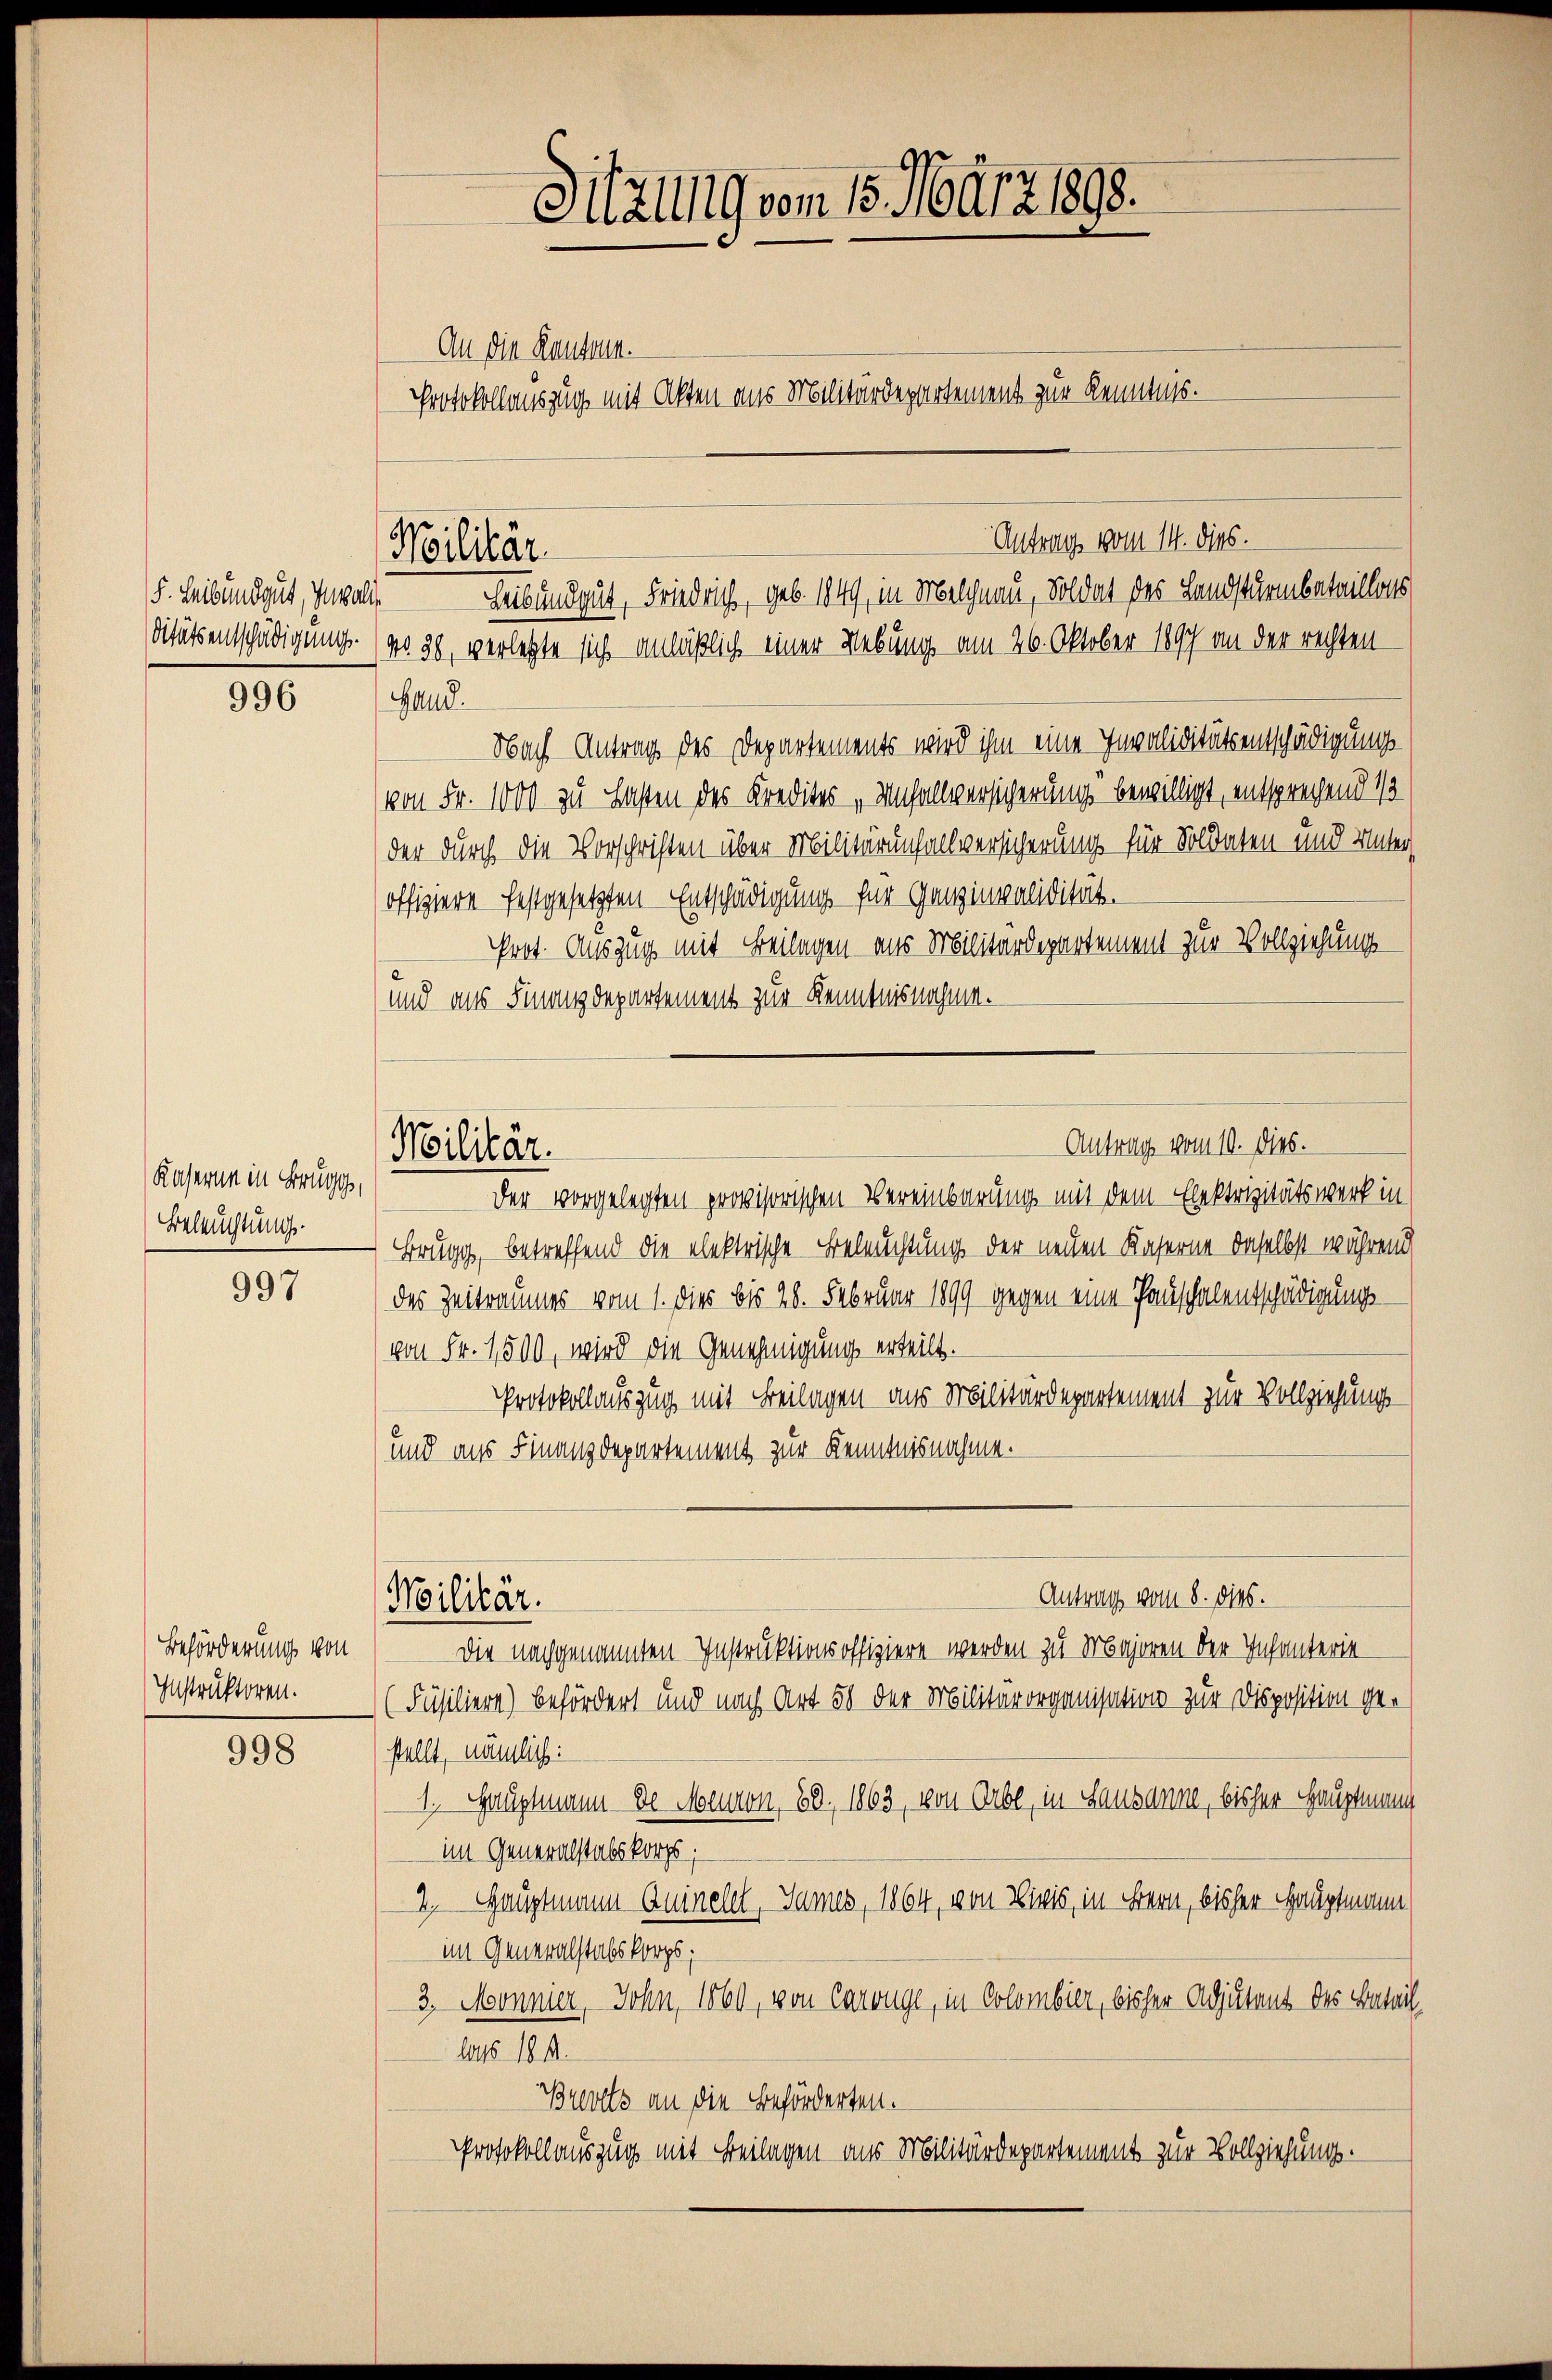
F. Heibundgut, Invali
ditätsentschädigung.

996

Kaserne in Brugg,
Beleuchtung.

997

Beförderung von
Instruktoren.

998

Antrag vom 14. dies.
Militär.
Leib und gut, Friedrich, geb. 1849, in Melchnau, Soldat des Landsturmbataillons

Militär.

Sitzung vom 15. März 1893.

An die Kantona
No. 38, verletzte sich anläßlich einer Uebung am 26. Oktober 1897 an der rechten
Hand.
Nach Antrag des Departements wird ihm eine Invaliditätsentschädigungs
von Fr. 1000 zu Lasten des Kredites „Unfallversicherung bewilligt, entsprechend 13
der durch die Vorschriften über Militärunfallversicherung für Soldaten und Unters
offiziere festgesetzten Entschädigung für Ganz invalidität.
Prot. Auszug mit Beilagen aus Militärdepartement zur Vollziehungs
und aus Finanzdepartement zur Kenntnisnahme.
Der vorgelegten provisorischen Vereinbarung mit dem Elektrizitätswerk in
Brugg, betreffend die elektrische Beleuchtung der neuen Kaserne daselbst während
des Zeitraumes vom 1. dies bis 28. Februar 1899 gegen eine Pauschalentschädigungs-
von Fr. 1,500, wird die Genehmigung erteilt.
Protokollauszug mit Beilagen aus Militärdepartement zur Vollziehungs
und aus Finanzdepartement zur Kenntnisnahme.
Antrag vom 8. ds.
Militär.
Die nachgenannten Instruktionsoffiziere werden zu Majoren der Infanterie
Füsiliere) befördert und nach Art 58 der Militärorganisation zur Disposition gestellt, nämlich:
1., Hauptmann de Menton, 88, 1863, von Orbe, in Lausanne, bisher Hauptmann
im Generalstabskorps;
2. Hauptmann Quinelet, Sames, 1864, von Divis, in Bern, bisher Hauptmann
im Generalstabskorps;
3. Monnier, John, 1060, von Carouge, in Colombier, bisher Adjutant des Batail
las 184.
Brevels an die Beförderten.
Protokollauszug mit Beilagen aus Militärdepartement zur Vollziehung.

Protokollauszug mit Akten aus Militärdepartement zur Kenntnis.

Antrag vom 10. dies.